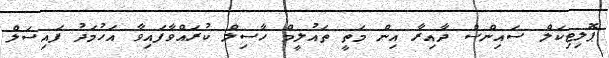
ޕޮލިޓިކަލް ސައިންސް ދާއިރާ އިން މަތީ ތައުލީމް ހާސިލް ކުރައްވާފައިވާ އަހުމަދު ފައިސަލް